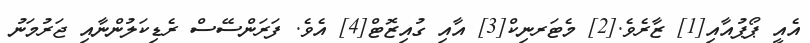
އެއީ ޕޯޕުއާއި[1] ޒާރެވެ.[2] މެޓަރނިކް[3] އާއި ގުއިޒޮޓް[4] އެވެ. ފަރަންސޭސް ރެޑިކަލުންނާއި ޖަރުމަނު